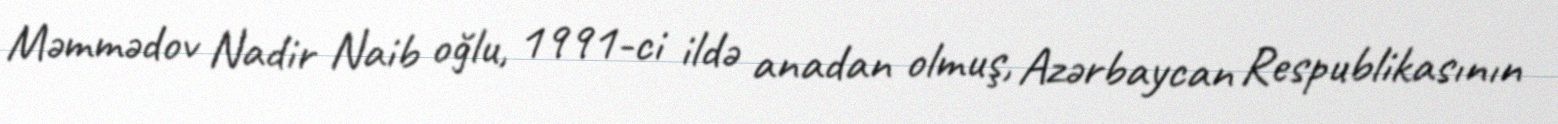
Məmmədov Nadir Naib oğlu, 1991-ci ildə anadan olmuş, Azərbaycan Respublikasının